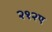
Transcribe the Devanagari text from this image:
२१२ए